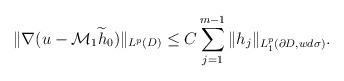
LaTeX: \begin{align*}\|\nabla (u-\mathcal{M}_{1}\widetilde{h}_{0})\|_{L^{p}(D)}\leq C\sum_{j=1}^{m-1}\|h_{j}\|_{L_{1}^{p}(\partial D, wd\sigma)}.\end{align*}